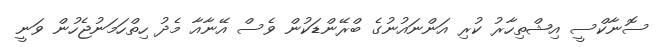
ސޮނާކްސީ އިޝްތިހާރު ކުރި އަންނައުނުގެ ބްރޭންޑަކުން ވެސް އޭނާއާ މެދު ހިތްހަމަނުޖެހުން ވަނީ